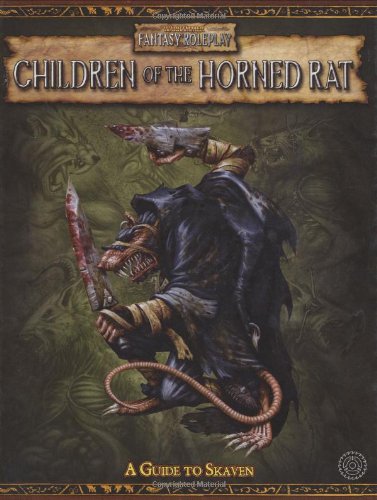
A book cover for WFRP Children of the Horned Rat (Warhammer Fantasy Roleplay); Green Ronin; Science Fiction & Fantasy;